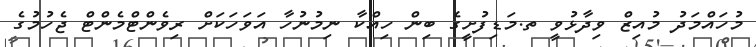
މުހައްމަދު މުއިޒް ވިދާޅުވީ ތ.މަޑިފުށީގެ ބިން ހިއްކާ ނިމުނުހާ އަވަހަކަށް ރިވެންޓްމެންޓް ޖެހުމުގެ